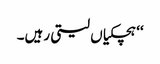
‘‘ ہچکیاں لیتی رہیں۔